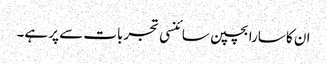
ان کا سارا بچپن سائنسی تجربات سے پر ہے۔